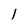
Character: 1